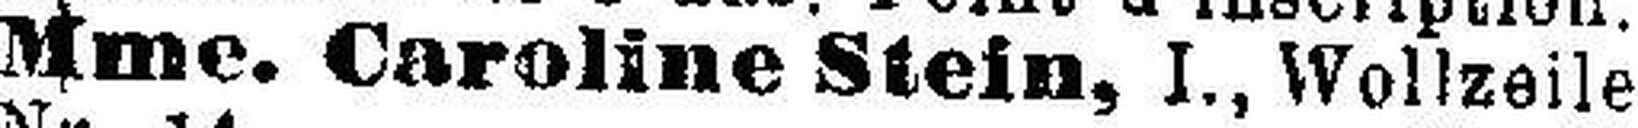
Mme. Caroline Stein, I., Wollzeile